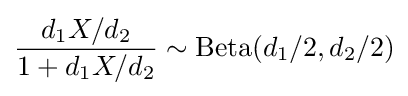
{\frac {d_{1}X/d_{2}}{1+d_{1}X/d_{2}}}\sim \operatorname {Beta} (d_{1}/2,d_{2}/2)